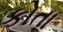
કોતા